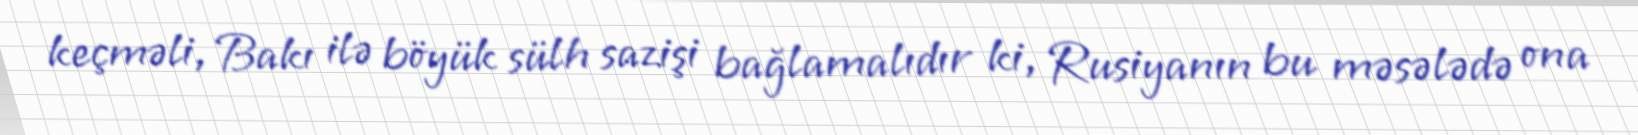
keçməli, Bakı ilə böyük sülh sazişi bağlamalıdır ki, Rusiyanın bu məsələdə ona